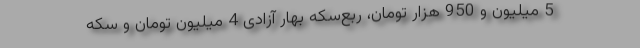
5 میلیون و 950 هزار تومان، ربع‌سکه بهار آزادی 4 میلیون تومان و سکه